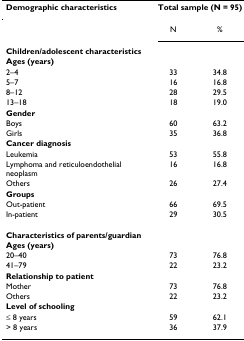
<table><thead><tr><td><b>Demographic characteristics</b></td><td colspan="2"><b>Total sample (N = 95)</b></td></tr></thead><tbody><tr><td></td><td>N</td><td>%</td></tr><tr><td><b>Children/adolescent characteristics</b></td><td></td><td></td></tr><tr><td><b>Ages (years)</b></td><td></td><td></td></tr><tr><td>2–4</td><td>33</td><td>34.8</td></tr><tr><td>5–7</td><td>16</td><td>16.8</td></tr><tr><td>8–12</td><td>28</td><td>29.5</td></tr><tr><td>13–18</td><td>18</td><td>19.0</td></tr><tr><td><b>Gender</b></td><td></td><td></td></tr><tr><td>Boys</td><td>60</td><td>63.2</td></tr><tr><td>Girls</td><td>35</td><td>36.8</td></tr><tr><td><b>Cancer diagnosis</b></td><td></td><td></td></tr><tr><td>Leukemia</td><td>53</td><td>55.8</td></tr><tr><td>Lymphoma and reticuloendothelial neoplasm</td><td>16</td><td>16.8</td></tr><tr><td>Others</td><td>26</td><td>27.4</td></tr><tr><td><b>Groups</b></td><td></td><td></td></tr><tr><td>Out-patient</td><td>66</td><td>69.5</td></tr><tr><td>In-patient</td><td>29</td><td>30.5</td></tr><tr><td><b>Characteristics of parents/guardian</b></td><td></td><td></td></tr><tr><td><b>Ages (years)</b></td><td></td><td></td></tr><tr><td>20–40</td><td>73</td><td>76.8</td></tr><tr><td>41–79</td><td>22</td><td>23.2</td></tr><tr><td><b>Relationship to patient</b></td><td></td><td></td></tr><tr><td>Mother</td><td>73</td><td>76.8</td></tr><tr><td>Others</td><td>22</td><td>23.2</td></tr><tr><td><b>Level of schooling</b></td><td></td><td></td></tr><tr><td>≤ 8 years</td><td>59</td><td>62.1</td></tr><tr><td>&gt; 8 years</td><td>36</td><td>37.9</td></tr></tbody></table>